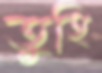
তুহি